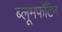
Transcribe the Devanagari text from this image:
ब्लूमफॉँटेन